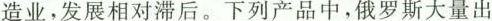
造业，发展相对滞后。下列产品中，俄罗斯大量出